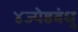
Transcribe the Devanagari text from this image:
४ज्येष्ठबंधु